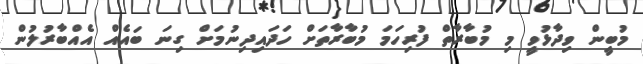
މުބީން ވިދާޅުވީ މި މުބާރާތް ފުރިހަމަ މުބާރާތަށް ހަދައިދިނުމަށް ގިނަ ބައެއް އެއްބާރުލުން